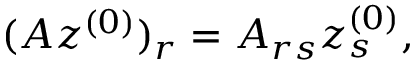
( A z ^ { ( 0 ) } ) _ { r } = A _ { r s } z _ { s } ^ { ( 0 ) } ,